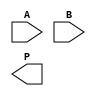
module wallace_tree_multiplier #(parameter N = 8) (
    input [N-1:0] A,
    input [N-1:0] B,
    output reg [2*N-1:0] P
);

    // Generate partial products
    wire [N-1:0] pp [N-1:0]; // Partial products
    genvar i;
    generate
        for (i = 0; i < N; i = i + 1) begin : pp_gen
            assign pp[i] = A & {N{B[i]}} << i; // Shifted partial products
        end
    endgenerate

    // Wallace tree reduction
    wire [2*N-1:0] sum [N-1:0]; // Sums at each level
    wire [2*N-1:0] carry [N-1:0]; // Carries at each level

    // Initial stage: first level of partial products
    assign sum[0] = pp[0] + pp[1];
    assign carry[0] = 0; // No carry for the first addition

    // Wallace tree reduction stages
    genvar j;
    generate
        for (j = 1; j < N; j = j + 1) begin : wallace_reduction
            wire [2*N-1:0] temp_sum;
            wire [2*N-1:0] temp_carry;
            assign temp_sum = sum[j-1] + pp[j+1];
            assign temp_carry = carry[j-1] + pp[j];

            assign sum[j] = temp_sum;
            assign carry[j] = temp_carry;
        end
    endgenerate

    // Final addition stage
    wire [2*N-1:0] final_sum;
    wire [2*N-1:0] final_carry;

    assign final_sum = sum[N-1] + carry[N-1];
    assign final_carry = 0; // No carry for the last addition

    always @(*) begin
        P = final_sum + final_carry; // Final product
    end

endmodule